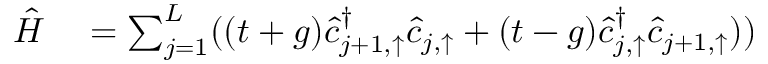
\begin{array} { r l } { \hat { H } } & { { } = \sum _ { j = 1 } ^ { L } ( ( t + g ) \hat { c } _ { j + 1 , \uparrow } ^ { \dagger } \hat { c } _ { j , \uparrow } + ( t - g ) \hat { c } _ { j , \uparrow } ^ { \dagger } \hat { c } _ { j + 1 , \uparrow } ) ) } \end{array}